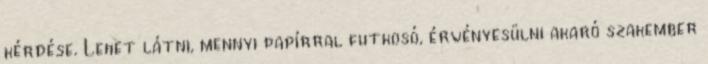
kérdése. Lehet látni, mennyi papírral futkosó, érvényesülni akaró szakember